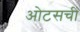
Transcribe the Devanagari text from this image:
ओटसची